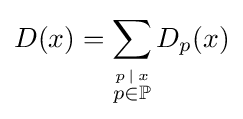
D(x)=\sum _{\stackrel {p\,\mid \,x}{p\in \mathbb {P} }}D_{p}(x)